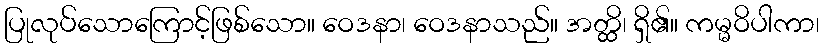
ပြုလုပ်သောကြောင့်ဖြစ်သော။ ဝေဒနာ၊ ဝေဒနာသည်။ အတ္ထိ၊ ရှိ၏။ ကမ္မဝိပါကာ၊